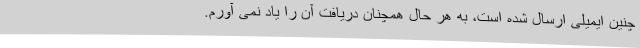
چنین ایمیلی ارسال شده است، به هر حال همچنان دریافت آن را یاد نمی آورم.